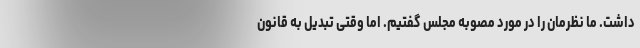
داشت. ما نظرمان را در مورد مصوبه مجلس گفتیم. اما وقتی تبدیل به قانون